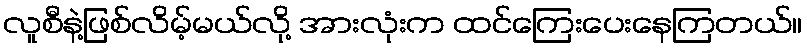
လူစီနဲ့ဖြစ်လိမ့်မယ်လို့ အားလုံးက ထင်ကြေးပေးနေကြတယ်။